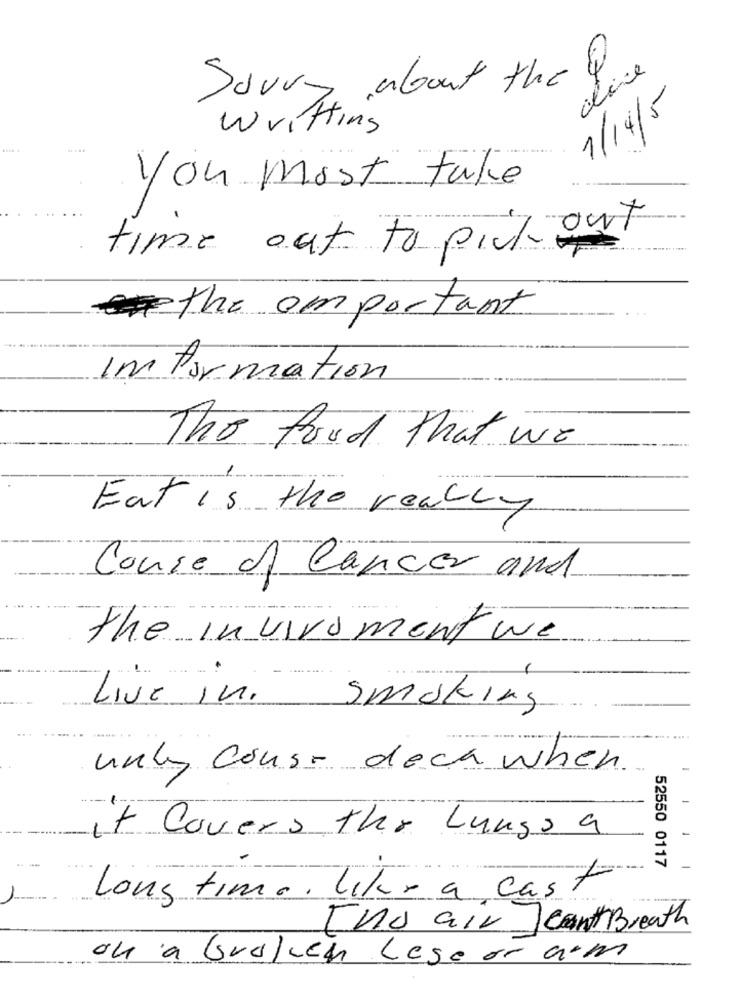
dire
Sorry about the
1/14/5
Writting
you most take
time out to pick out
the important
Information
The food that we
Eat is the really
Couse of Cancer and
the invivoment we
Live In.
Smoking
unky coust dechwhen
+ Covers the Lungs a
52550 0117
Long time. like a cast
Two air cant Breath
ou a broken Lese or am